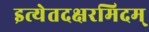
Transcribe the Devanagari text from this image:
इत्येतदक्षरमिदम्